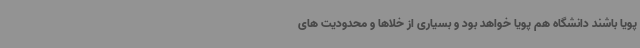
پویا باشند دانشگاه هم پویا خواهد بود و بسیاری از خلاها و محدودیت های